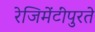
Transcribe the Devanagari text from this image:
रेजिमेंटींपुरते